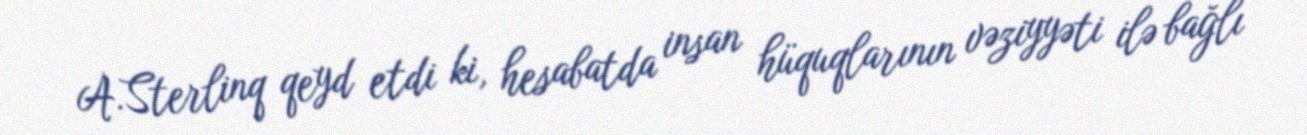
A.Sterlinq qeyd etdi ki, hesabatda insan hüquqlarının vəziyyəti ilə bağlı